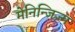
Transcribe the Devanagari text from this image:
मेनिन्जिज़्म